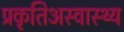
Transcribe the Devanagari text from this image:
प्रकृतिअस्वास्थ्य